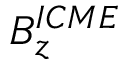
B _ { z } ^ { I C M E }